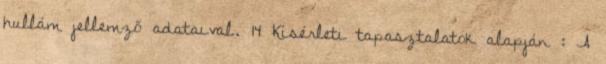
hullám jellemző adataival. 14 Kísérleti tapasztalatok alapján : A